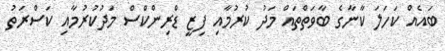
ބައެއް ކަހަލަ ކާނާގެ ބާވަތްތައް މަދު ކުރުމާއި ފިޒީ ޑްރިންކްސް މަދުކުރުމާއި ކަސްރަތު